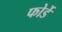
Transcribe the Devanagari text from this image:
फोर्डे